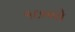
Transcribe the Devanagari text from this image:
१८००ते